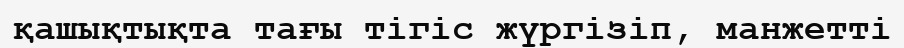
қашықтықта тағы тігіс жүргізіп, манжетті